Tartu_kinnistusamet, lk 23
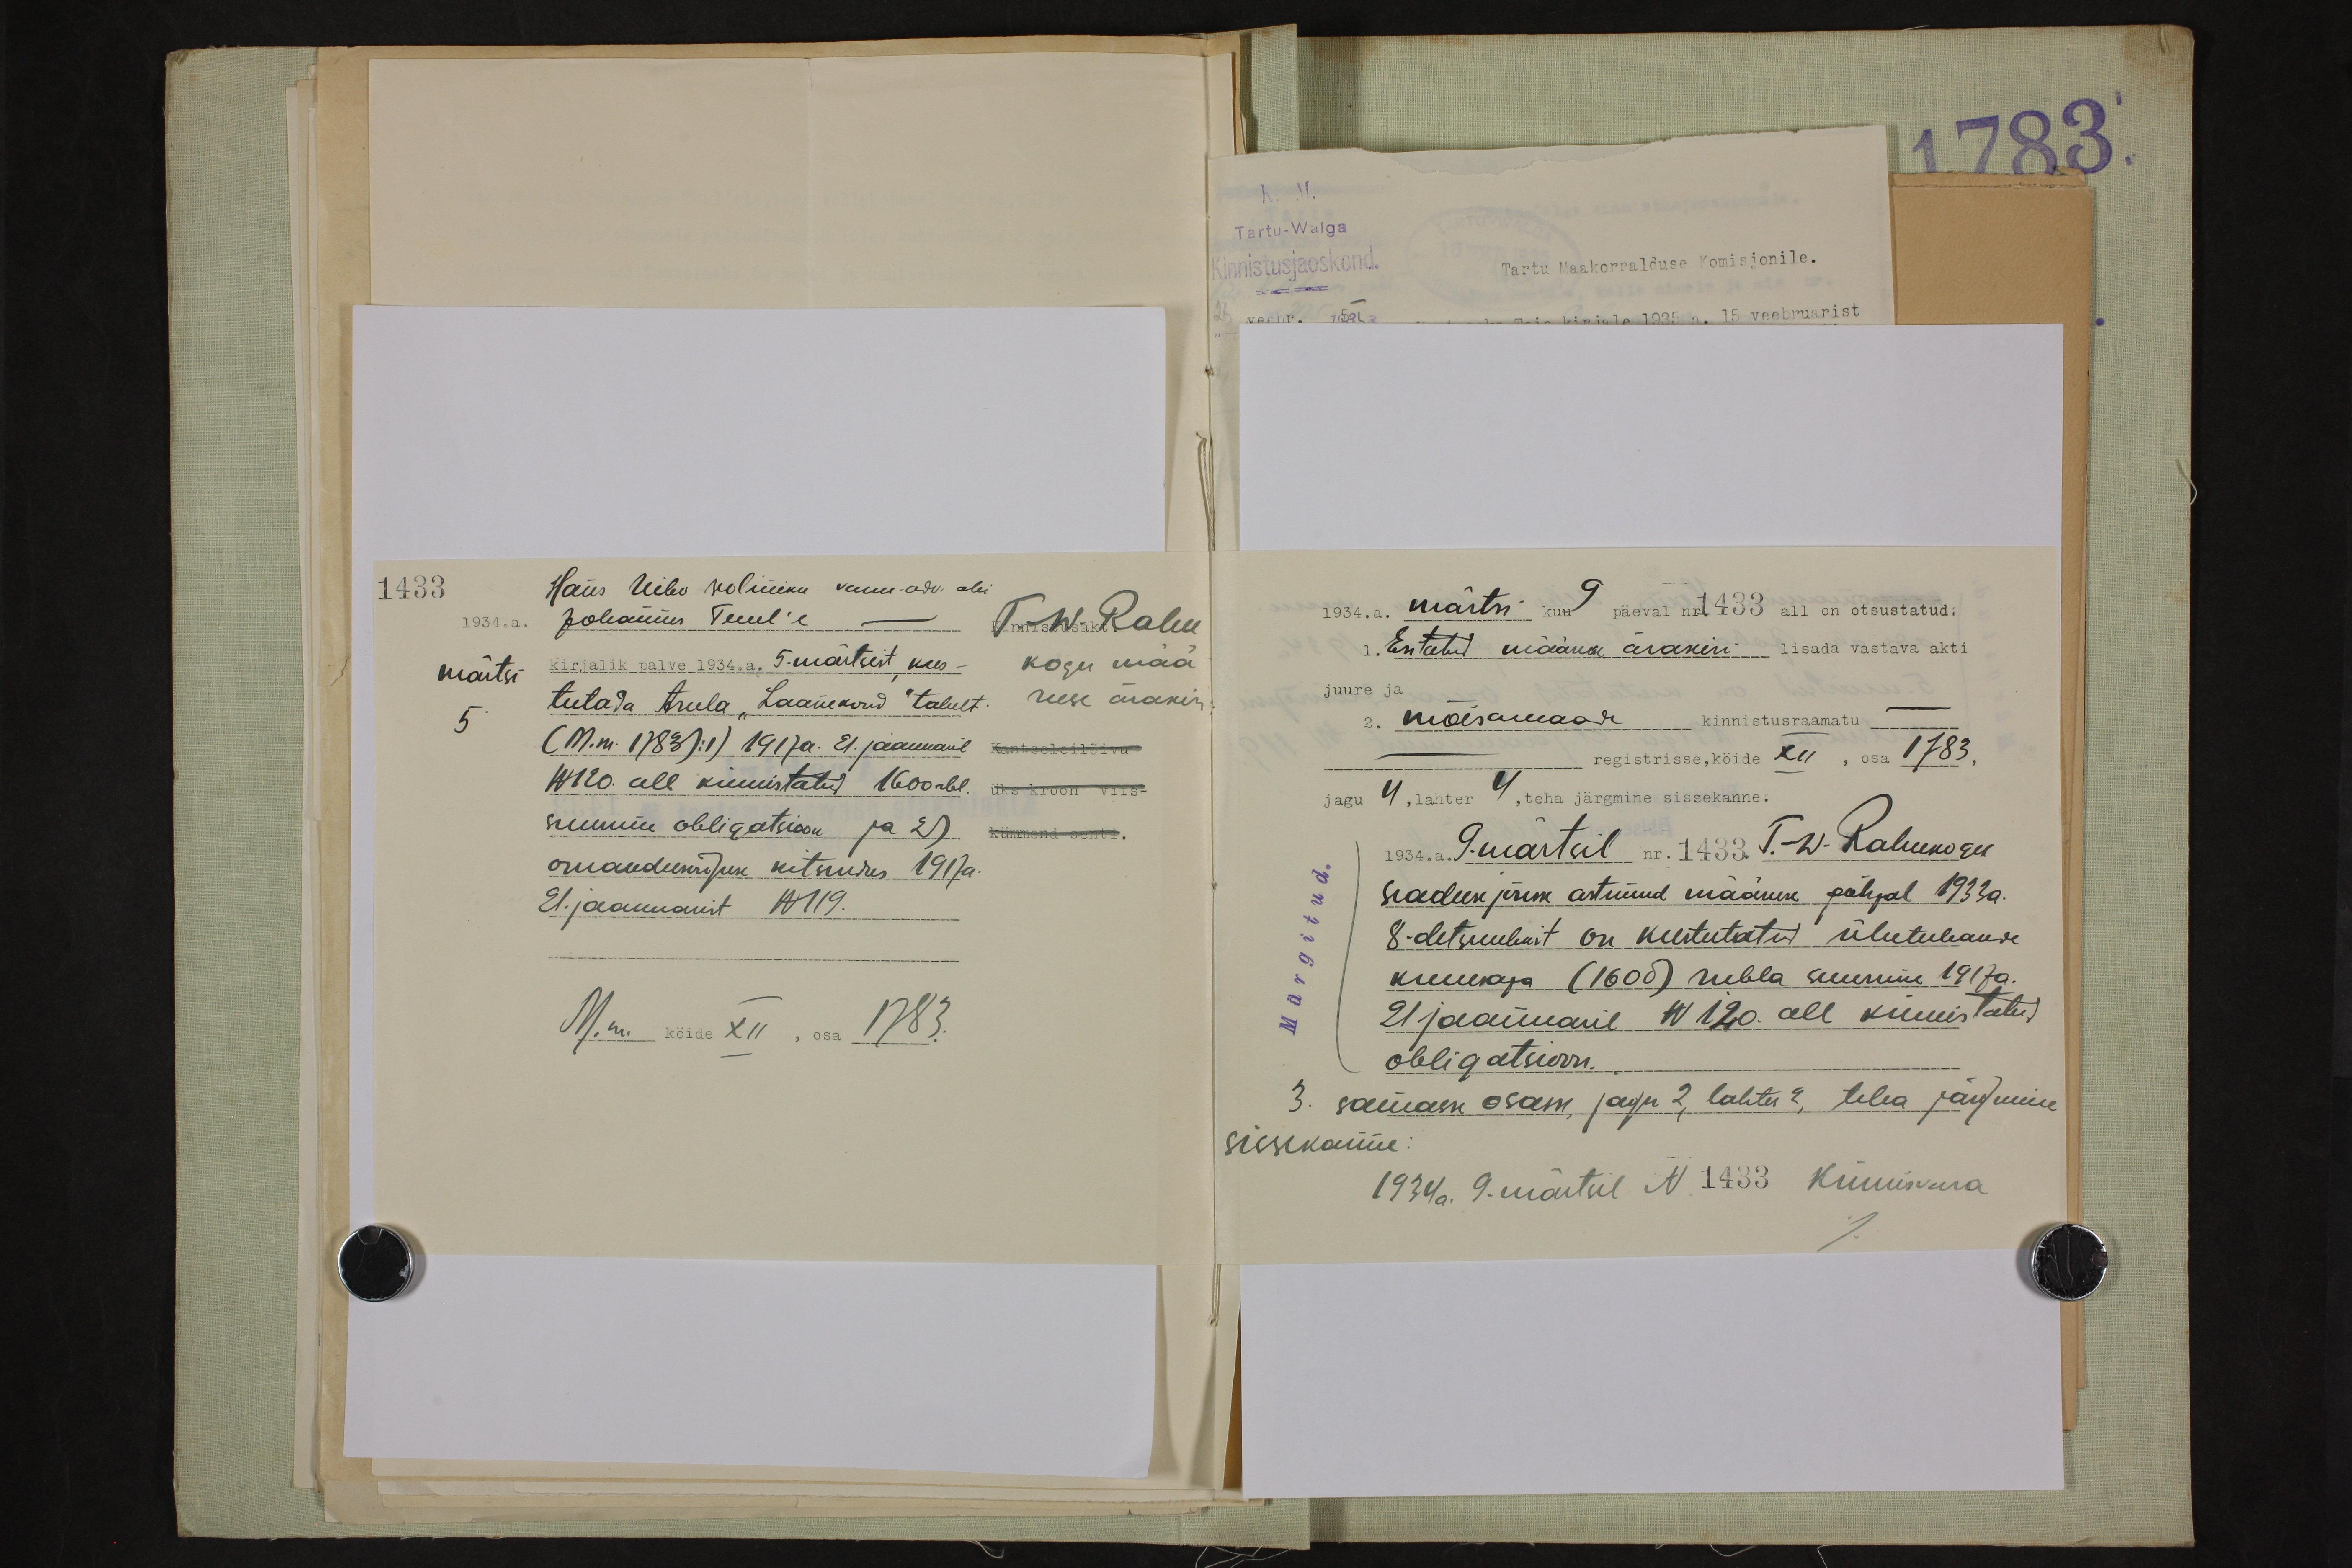
1433
Hans Uibo woliniku vann.adv. abi
1934. a. Johannes Tuul'e - T. W. Rahu
märtsi
5
kogu mää
ruse ärakiri
kirjalik palve 1934. a. 5 märtsist kus-
tutada Asula Laanekond talust.
(M.m. 17831:1) 1917 a. 21. jaanuaril
Kantseleilõivu
N120 all kinnistatud 1600 rbl.
üks kroon viis-
suurune obligatsioon ja 2)
kümmend senti.
omandumisuse kutsuures 1917 a.
21. jaanuarist N 119.
M. m. kõide XII, osa 1783.

1934.a.
märtsi kuu 9 päeval nr 1433 all on otsustatud:
1. Esitatud määra ärakiri lisada vastava akti
juure ja
2. mõisamaar kinnistusraamatu
registrisse, köide XII, osa 1783,
jagu 4, lahter 4, teha järgmine sissekanne.
1934. a. 9. märtsil nr. 1433 T.-W. Rahukogu
seaduse järsse astunud määruse põhjal 1933a.
8- detsembrist on kustutatud ühetuhande
kuuesaja (1600) rubla suuruse 1917 a.
21 jaanuaril N 120. all kinnistatud
obligatsion.
3. samaan osam, jagu 2, lahtu 2, teha järgmine
sissekanne.
1934 a. 9. märtsil N 1433 kinnisvara